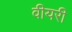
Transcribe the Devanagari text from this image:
वीयरी